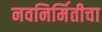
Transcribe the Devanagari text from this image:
नवनिर्मितीचा